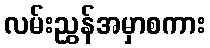
လမ်းညွှန်အမှာစကား